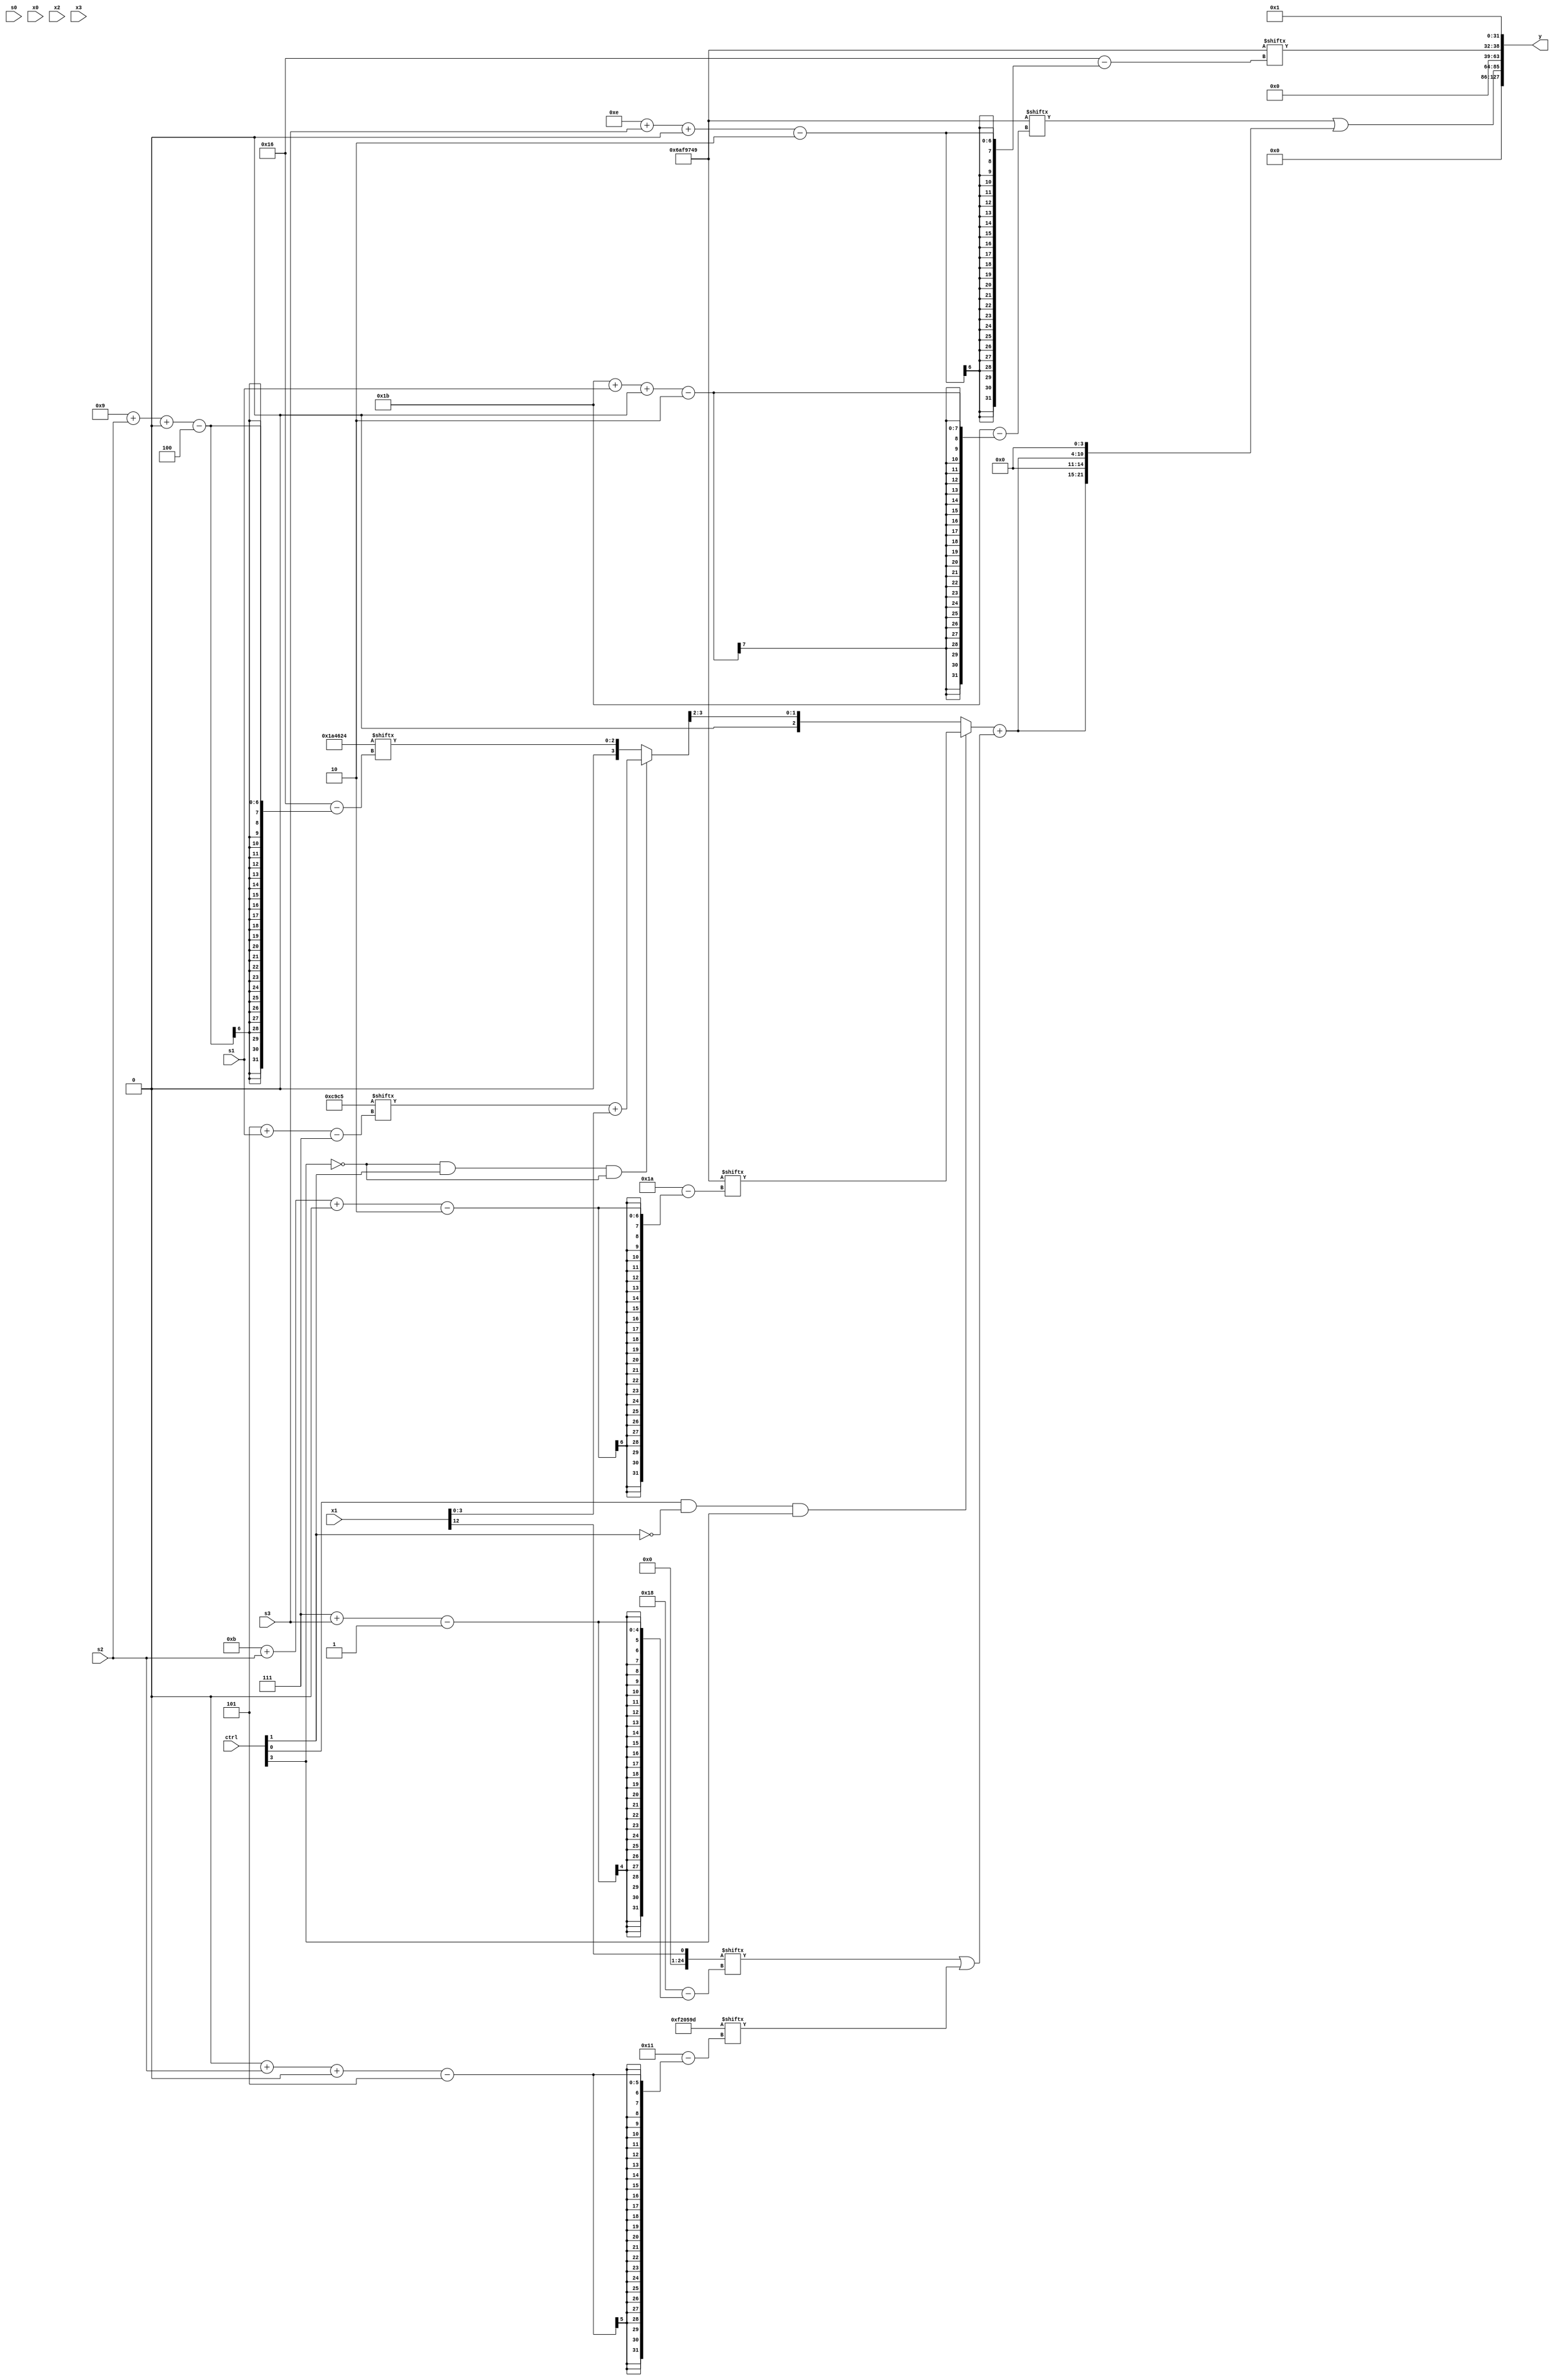
module partsel_00540(ctrl, s0, s1, s2, s3, x0, x1, x2, x3, y);
  input [3:0] ctrl;
  input [2:0] s0;
  input [2:0] s1;
  input [2:0] s2;
  input [2:0] s3;
  input signed [31:0] x0;
  input [31:0] x1;
  input signed [31:0] x2;
  input signed [31:0] x3;
  wire signed [29:4] x4;
  wire [2:25] x5;
  wire [2:30] x6;
  wire [1:25] x7;
  wire [7:29] x8;
  wire [26:0] x9;
  wire signed [25:7] x10;
  wire signed [30:1] x11;
  wire [27:1] x12;
  wire [30:4] x13;
  wire [29:1] x14;
  wire [29:7] x15;
  output [127:0] y;
  wire [31:0] y0;
  wire signed [31:0] y1;
  wire [31:0] y2;
  wire [31:0] y3;
  assign y = {y0,y1,y2,y3};
  localparam [5:28] p0 = 49415581;
  localparam signed [4:28] p1 = 807028260;
  localparam signed [2:30] p2 = 112170825;
  localparam [26:7] p3 = 953207237;
  assign x4 = (p2[2 + s1 -: 4] ^ ({2{((p1 + (x0[31 + s1 +: 2] ^ p1[23 -: 3])) - (!ctrl[2] || !ctrl[2] && ctrl[0] ? x3[9] : (x1[26 + s0 +: 1] ^ p0[8])))}} & (ctrl[3] && ctrl[1] && !ctrl[2] ? ({p2[12 + s3 +: 2], p2} & p3[12 -: 1]) : (ctrl[0] || ctrl[0] || !ctrl[1] ? {2{x2}} : {2{p3[23 + s3 +: 7]}}))));
  assign x5 = {((x3[11] + (ctrl[2] || !ctrl[0] || ctrl[3] ? {x2[14 -: 4], p0[9 +: 4]} : ((x1 + p3) + x4[22]))) ^ {2{((p2[27 + s1 +: 6] | x3[18 + s3]) - (p1[15 + s3] + p0[16 -: 3]))}}), {2{(!ctrl[3] && ctrl[1] && !ctrl[3] ? (p3[5 + s1] + x1) : p1[9 + s2 +: 3])}}};
  assign x6 = {x0[13 +: 3], x4};
  assign x7 = x1[12 -: 1];
  assign x8 = p3;
  assign x9 = ({{2{p0[5 + s0]}}, (((x8[14 +: 1] - p1) - {(x5[22 -: 4] - x4[25 + s2 +: 8]), ((p1[16 + s2 +: 7] | p1) & x4[12 -: 1])}) - ((p3[13 +: 4] & x4[6 + s1]) | {2{x1[8 +: 2]}}))} + x4[18 -: 2]);
  assign x10 = p3[8];
  assign x11 = p3[9 +: 3];
  assign x12 = ({2{x11[8]}} + {(x10 - ((p0 | ((((x11[17 -: 3] & p2[12 +: 3]) + p3[12 -: 4]) & (x1 ^ x0[31 + s0 +: 6])) ^ x7)) + {p0[5 + s2], p3[6 + s3 +: 8]})), (p3[18 +: 4] + p3[18 -: 3])});
  assign x13 = (x11[17 + s3 +: 1] | (ctrl[0] && ctrl[3] || ctrl[0] ? ((p2 - x1[11]) + (!ctrl[2] && ctrl[2] && ctrl[0] ? {2{p3[13]}} : ((x8 & x0[3 + s2 -: 2]) | (x0 & p1[19 + s2 +: 5])))) : ({2{x5[6 + s2]}} & ((ctrl[3] && ctrl[1] || ctrl[2] ? x2[21] : x9) + x3[17 + s2 -: 8]))));
  assign x14 = p1;
  assign x15 = x9[15 + s1 +: 7];
  assign y0 = p3[16];
  assign y1 = (p2[27 + s1 +: 2] | {2{{((ctrl[0] && !ctrl[1] && ctrl[3] ? p2[11 + s2 +: 3] : x5[23 -: 2]) + (x7[7 + s3] | p0[0 + s2 +: 7])), x15[18 +: 4]}}});
  assign y2 = p2[14 + s3 +: 7];
  assign y3 = p1[11];
endmodule